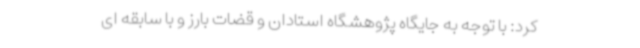
کرد: با توجه به جایگاه پژوهشگاه استادان و قضات بارز و با سابقه ای